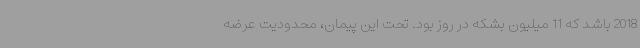
2018 باشد که 11 میلیون بشکه در روز بود. تحت این پیمان، محدودیت عرضه